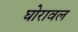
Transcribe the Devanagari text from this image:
घोरावल